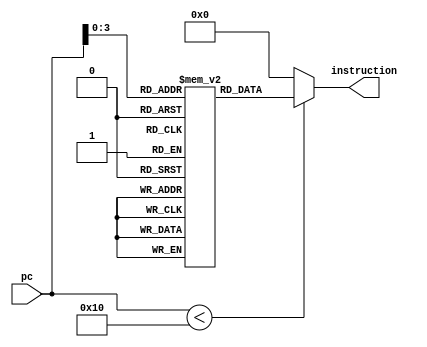
module instr_mem
(  
	input			[15:0]	pc,  
	output wire	[15:0]	instruction  
);  

	wire [3:0] rom_addr = pc[3:0];

	/* 
	lw $3, 0($0) --   
	Loop: slti $1, $3, 50  
	beq $1, $0, Skip  
	add $4, $4, $3   
	addi $3, $3, 1   
	beq $0, $0, Loop--  
	Skip  
	*/

	reg [15:0] rom[15:0];  
	
	initial  
	begin  
	
		rom[0]	= 16'h444f;
		rom[1]	= 16'h465f;
		rom[2]	= 16'h14c0;
		rom[3]	= 16'h0000;
		rom[4]	= 16'h0000;
		rom[5]	= 16'h0000;
		rom[6]	= 16'h0000;
		rom[7]	= 16'h0000;  
		rom[8]	= 16'h0000;  
		rom[9]	= 16'h0000;  
		rom[10]	= 16'h0000;  
		rom[11]	= 16'h0000;
		rom[12]	= 16'h0000;  
		rom[13]	= 16'h0000;  
		rom[14]	= 16'h0000;  
		rom[15]	= 16'h0000;  
	
	end  
	
	assign instruction = (pc[15:0] < 16) ? rom[ rom_addr[3:0] ] : 16'd0;

endmodule